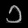
Digit: ၁